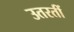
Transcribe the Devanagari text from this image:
उतरतीं